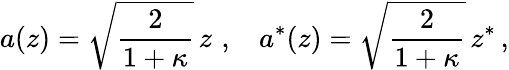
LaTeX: a(z)=\sqrt{\frac{2}{1+\kappa}}\, z\, \, ,\, \, \; \; a^{*}(z)=\sqrt{\frac{2}{1+\kappa}}\, z^{*}\, ,